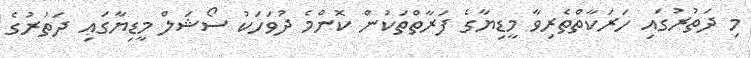
މި ދަތުރުގައި ހަރަކާތްތެރިވާ މީޑިޔާގެ ފަރާތްތަކުން ކޮންމެ ދުވަހަކު ސޯޝަލް މީޑިޔާގައި ދަތުރުގެ